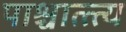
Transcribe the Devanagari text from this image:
पाश्चात्त्त्य